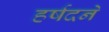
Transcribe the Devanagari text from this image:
हर्षदने